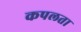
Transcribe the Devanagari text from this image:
कपलता